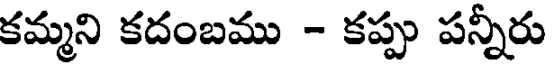
కమ్మని కదంబము - కప్పు పన్నీరు